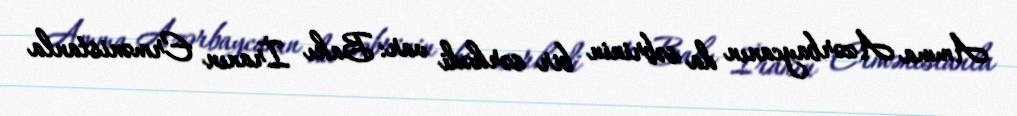
Amma Azərbaycanın da səbrinin bir sərhədi var: Bakı İranın Ermənistanla